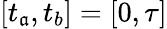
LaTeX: [t_{\mathfrak{a}},t_{b}]=[0,\tau]